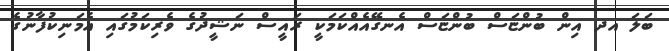
ބަލަ އދ އިން ބުންޏަސް ބުންޏަސް އެނގޭއެއްކަމަކީ ރައީސް ނަޝީދުގެ ވެރިކަމުގައި އެމަނިކުފާނުގެ